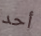
أحد